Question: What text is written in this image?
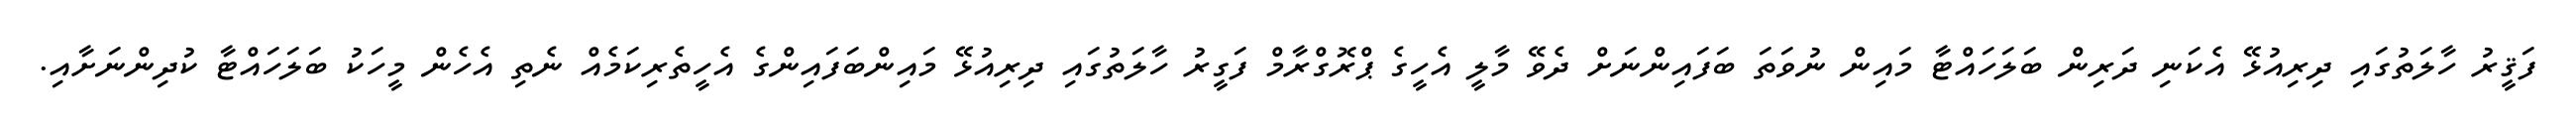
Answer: ފަޤީރު ހާލަތުގައި ދިރިއުޅޭ އެކަނި ދަރިން ބަލަހައްޓާ މައިން ނުވަތަ ބަފައިންނަށް ދެވޭ މާލީ އެހީގެ ޕްރޮގްރާމް ފަގީރު ހާލަތުގައި ދިރިއުޅޭ މައިންބަފައިންގެ އެހީތެރިކަމެއް ނެތި އެހެން މީހަކު ބަލަހައްޓާ ކުދިންނަށާއި.